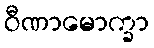
ဝီဏာမောက္ခာ